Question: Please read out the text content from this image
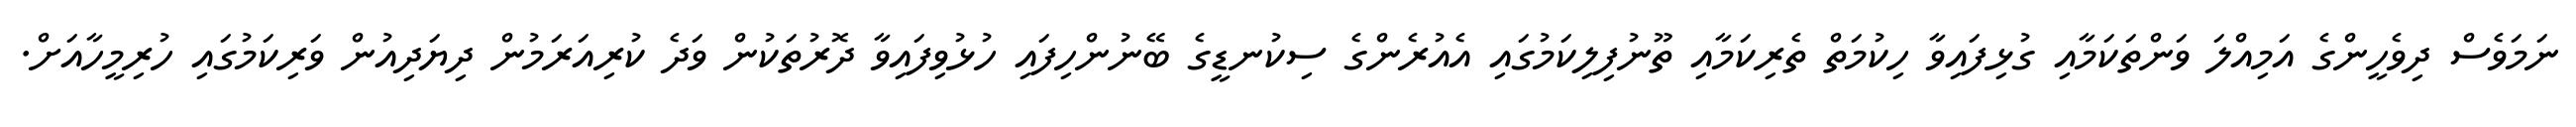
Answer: ނަމަވެސް ދިވެހީންގެ އަމިއްލަ ވަންތަކަމާއި ގުޅިފައިވާ ހިކުމަތް ތެރިކަމާއި ތޫނުފިލިކަމުގައި އެއުރެންގެ ސިކުނޑީގެ ބޭނުންހިފައި ހުޅުވިފައިވާ ދޮރުތަކުން ވަދެ ކުރިއަރަމުން ދިޔަދިއުން ވަރިކަމުގައި ހުރިމީހާއަށް.